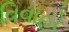
વિવાહો